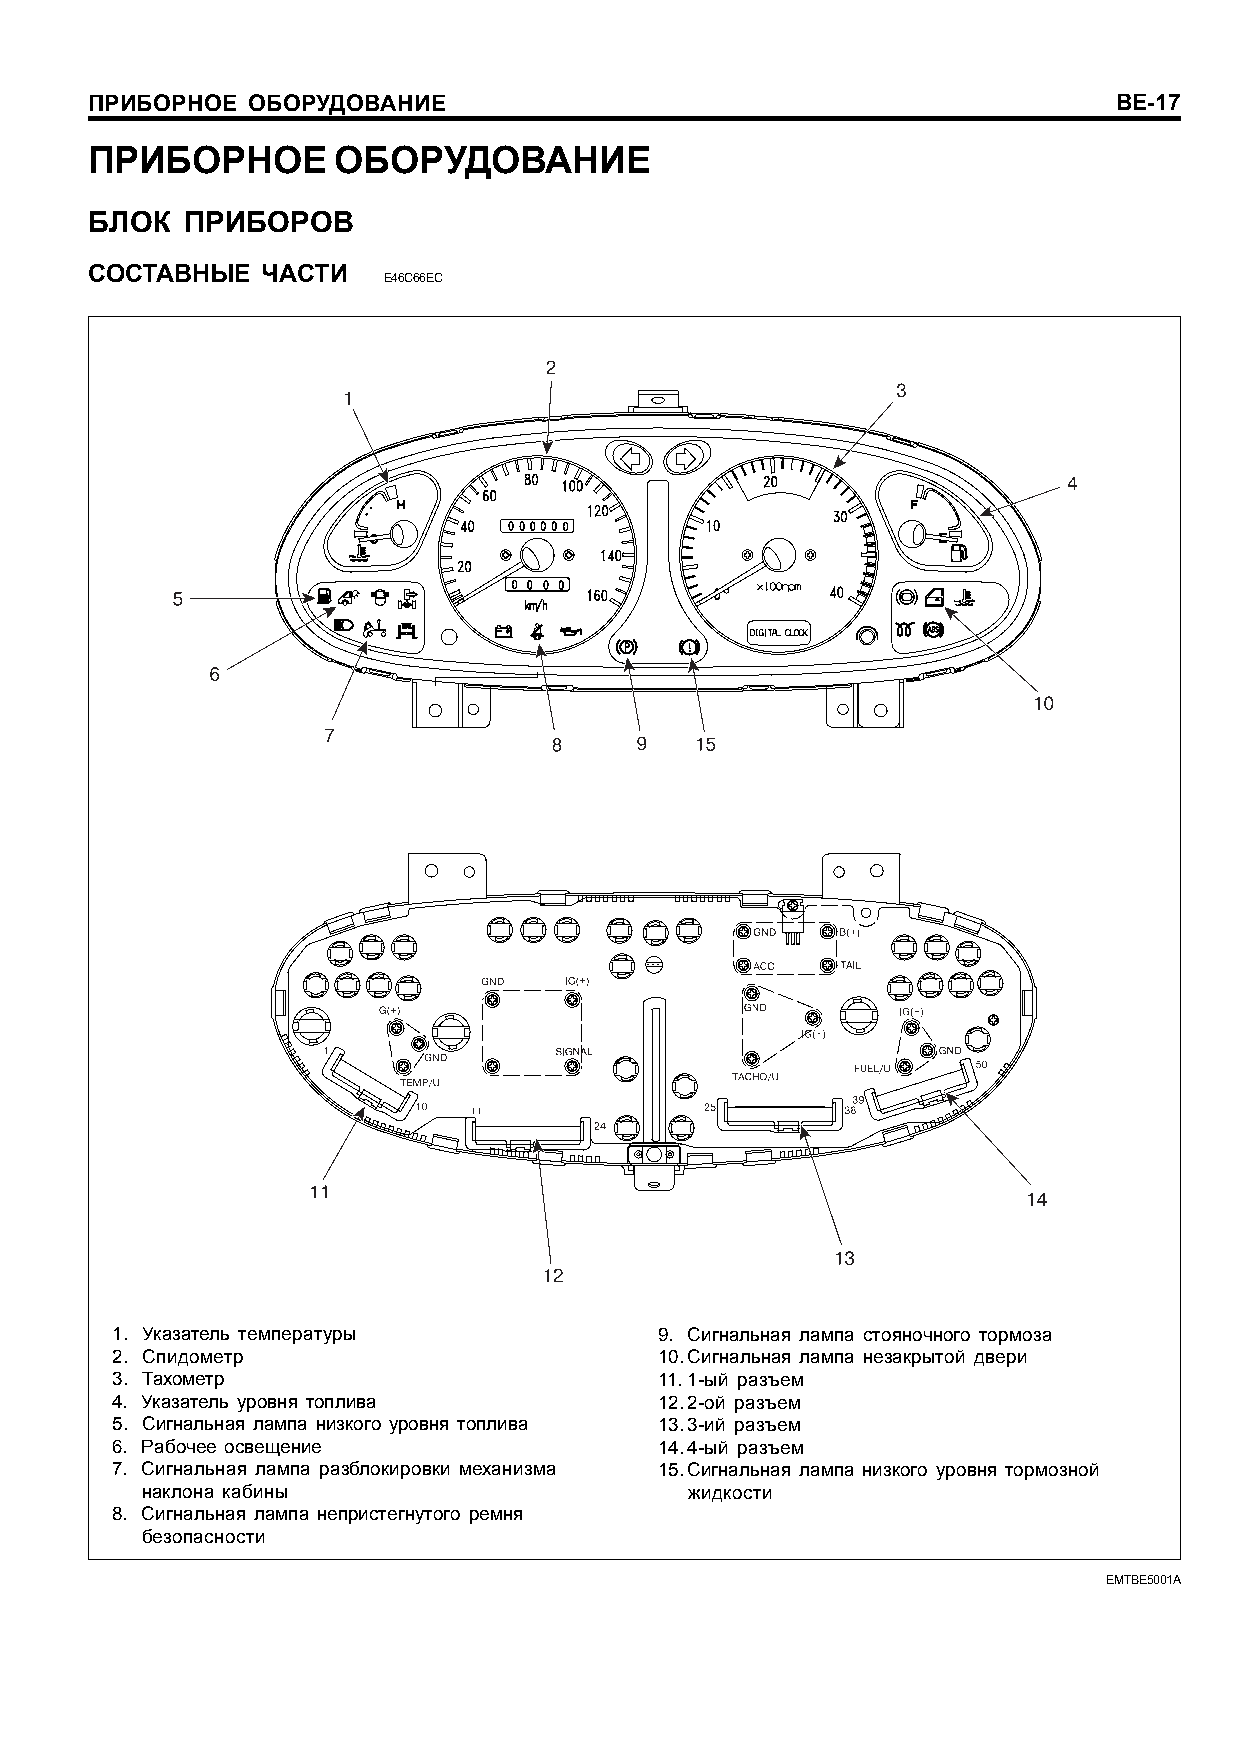
ÏÐÈÁÎÐÍÎÅ ÎÁÎÐÓÄÎÂÀÍÈÅ                                              BE-17
 ÏÐÈÁÎÐÍÎÅ       ÎÁÎÐÓÄÎÂÀÍÈÅ
 ÁËÎÊ  ÏÐÈÁÎÐÎÂ
 ÑÎÑÒÀÂÍÛÅ  ×ÀÑÒÈ
 E46C66EC
 1. Óêàçàòåëü òåìïåðàòóðû             9. Ñèãíàëüíàÿ ëàìïà ñòîÿíî÷íîãî òîðìîçà
 2. Ñïèäîìåòð                         10.Ñèãíàëüíàÿ ëàìïà íåçàêðûòîé äâåðè
 3. Òàõîìåòð                          11.1-ûé ðàçúåì
 4. Óêàçàòåëü óðîâíÿ òîïëèâà          12.2-îé ðàçúåì
 5. Ñèãíàëüíàÿ ëàìïà íèçêîãî óðîâíÿ òîïëèâà 13.3-èé ðàçúåì
 6. Ðàáî÷åå îñâåùåíèå                 14.4-ûé ðàçúåì
 7. Ñèãíàëüíàÿ ëàìïà ðàçáëîêèðîâêè ìåõàíèçìà 15.Ñèãíàëüíàÿ ëàìïà íèçêîãî óðîâíÿ òîðìîçíîé
 íàêëîíà êàáèíû                       æèäêîñòè
 8. Ñèãíàëüíàÿ ëàìïà íåïðèñòåãíóòîãî ðåìíÿ
 áåçîïàñíîñòè
 EMTBE5001A